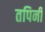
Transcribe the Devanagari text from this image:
तपिनी